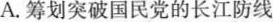
A.筹划突破国民党的长江防线